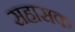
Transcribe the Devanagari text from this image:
सहासक